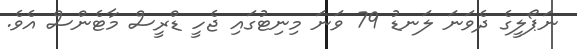
ނަޕޯލީގެ ދެވަނަ ލަނޑު 79 ވަނަ މިނިޓުގައި ޖެހީ ޑްރީސް މާޓެންސް އެވެ.